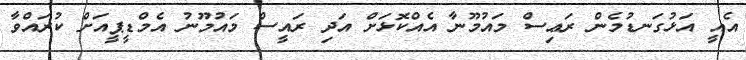
އެއީ އަޅުގަނޑުމެން ރަޢިސް މައުމޫނާ އެއްކޮޅަށް އަދި ރައީސް މައުމޫނު އެމްޑީޕީއަށް ކުރައްވާ